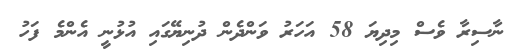
ނާސިރާ ވެސް މިދިޔަ 58 އަހަރު ވަންދެން ދުނިޔޭގައި އުޅުނީ އެންމެ ފަހު